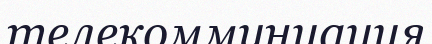
телекоммуниация